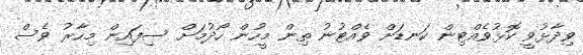
ވިދާޅުވީ ކޮޅުވެއްޓިން ކަނޑަށް ވެއްޓުނު ތިން މީހުން ހޯދުމަށް ސިފައިން މިހާރު ވެސް